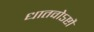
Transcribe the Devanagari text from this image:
धातवोऽष्टौ